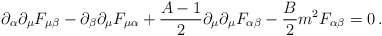
\begin{align*}\partial_\alpha\partial_\mu F_{\mu\beta}-\partial_\beta \partial_\mu F_{\mu\alpha} +{A-1\over 2} \partial_\mu \partial_\mu F_{\alpha\beta} - {B\over 2}m^2 F_{\alpha\beta} = 0\,.\end{align*}